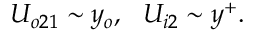
U _ { o 2 1 } \sim y _ { o } , \ \ U _ { i 2 } \sim y ^ { + } .